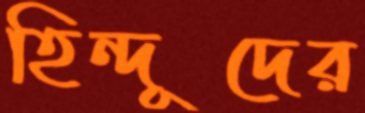
হিন্দূদের